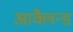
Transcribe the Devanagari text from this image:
आक्लैन्ड